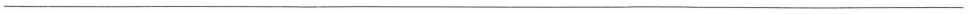
___